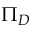
\Pi _ { D }